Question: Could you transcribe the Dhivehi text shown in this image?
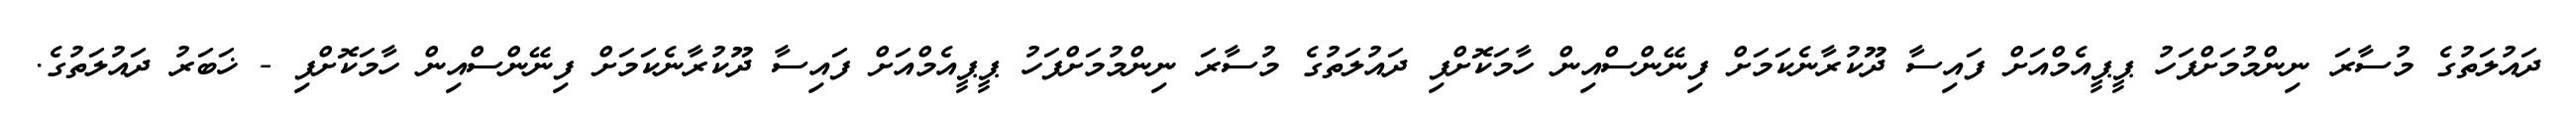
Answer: ދައުލަތުގެ މުސާރަ ނިންމުމަށްފަހު ޕީޕީއެމްއަށް ފައިސާ ދޫކުރާނެކަމަށް ފިނޭންސްއިން ހާމަކޮށްފި ދައުލަތުގެ މުސާރަ ނިންމުމަށްފަހު ޕީޕީއެމްއަށް ފައިސާ ދޫކުރާނެކަމަށް ފިނޭންސްއިން ހާމަކޮށްފި - ޚަބަރު ދައުލަތުގެ.